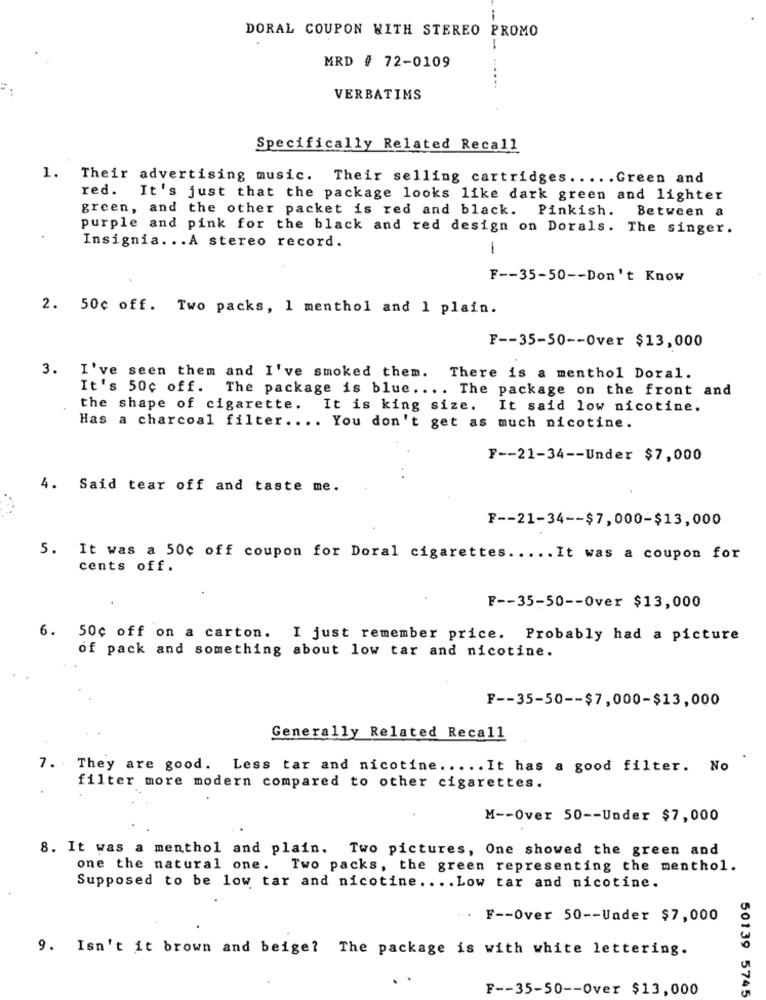
DORAL COUPON WITH STEREO PROMO
MRD # 72-0109
VERBATIMS
Specifically Related Recall
1. Their advertising music. Their selling cartridges ..... Green and
red. It's just that the package looks like dark green and lighter
green, and the other packet is red and black.
Pinkish. Between a
purple and pink for the black and red design on Dorals. The singer.
Insignia ... A stereo record.
1
F -- 35-50 -- Don't Know
2. 50c off. Two packs, 1 menthol and 1 plain.
F -- 35-50 -- Over $13,000
3. I've seen them and I've smoked them. There is a menthol Doral.
It's 50c off.
The package is blue .... The package on the front and
the shape of cigarette.
It is king size. It said low nicotine.
Has a charcoal filter .... You don't get as much nicotine.
F -- 21-34 -- Under $7,000
4. Said tear off and taste me.
F -- 21-34 -- $7,000-$13,000
5. It was a 50c off coupon for Doral cigarettes ..... It was a coupon for
cents off.
F -- 35-50 -- Over $13,000
6. 50c off on a carton. I just remember price. Probably had a picture
of pack and something about low tar and nicotine.
F -- 35-50 -- $7,000-$13,000
Generally Related Recall
7. They are good. Less tar and nicotine ..... It has a good filter. No
filter more modern compared to other cigarettes.
M -- Over 50 -- Under $7,000
8. It was a menthol and plain. Two pictures, One showed the green and
one the natural one.
Two packs, the green representing the menthol.
Supposed to be low tar and nicotine .... Low tar and nicotine.
.. F -- Over 50 -- Under $7,000
9. Isn't it brown and beige? The package is with white lettering.
F -- 35-50 -- Over $13,000
50139 5745